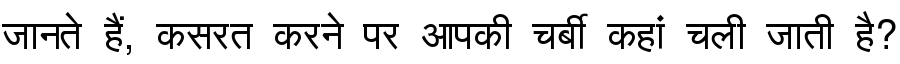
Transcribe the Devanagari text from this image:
जानते हैं, कसरत करने पर आपकी चर्बी कहां चली जाती है?